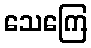
သေကြေ